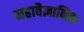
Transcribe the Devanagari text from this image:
महावैज्ञानिक